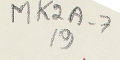
MK2A-7 19